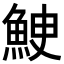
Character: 𩶳